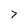
Character: 7